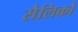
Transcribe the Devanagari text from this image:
सैलिकों